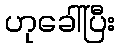
ဟုခေါ်ပြီး